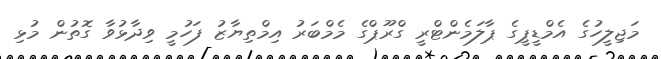
މަޖިލީހުގެ އެމްޑީޕީގެ ޕާލަމެންޓްރީ ގްރޫޕްގެ މެމްބަރު އިމްތިޔާޒު ފަހުމީ ވިދާޅުވާ ގޮތުން މުޅި